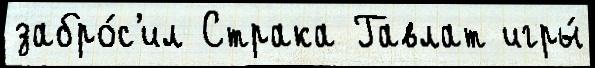
забро́с'ил Страка Гавлат игры́